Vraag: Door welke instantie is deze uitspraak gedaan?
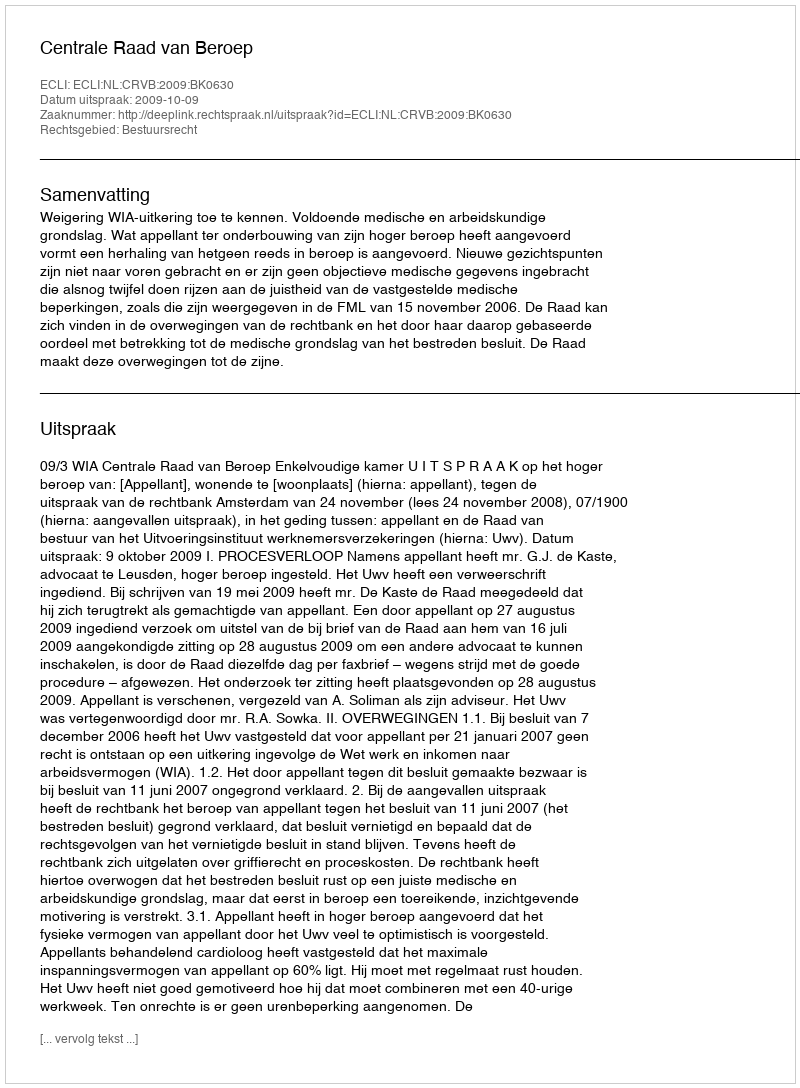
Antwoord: Centrale Raad van Beroep